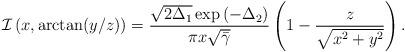
LaTeX: \begin{align*}\mathcal{I}\left(x,\arctan(y/z)\right)&=\frac{\sqrt{2\Delta_1}\exp\left(-\Delta_2\right)}{\pi x\sqrt{\bar{\gamma}}}\left(1-\frac{z}{\sqrt{x^2+y^2}}\right).\end{align*}